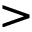
>